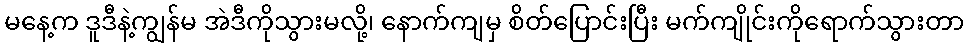
မနေ့က ဒူဒီနဲ့ကျွန်မ အဲဒီကိုသွားမလို့၊ နောက်ကျမှ စိတ်ပြောင်းပြီး မက်ကျိုင်းကိုရောက်သွားတာ